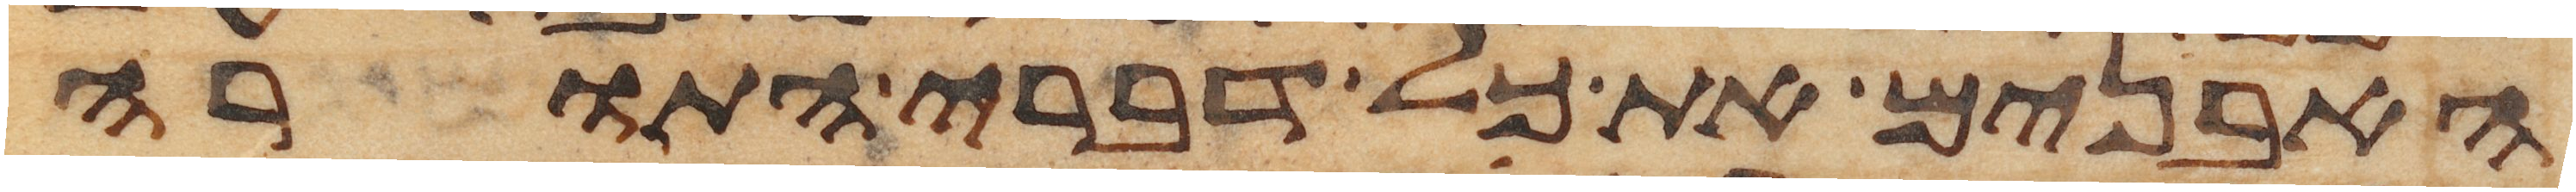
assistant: האבנים את כל דברי התורה